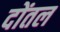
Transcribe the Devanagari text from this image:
दोंतल